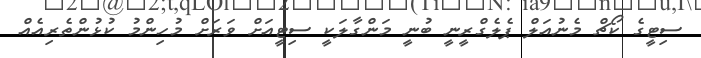
ސިޓީގެ ކޯޗް މެނުއަލް ޕެލެގްރީނީ ބުނީ މަންގާލަކީ ސިޓީއަށް ވަރަށް މުހިންމު ކުޅުންތެރިއެއް